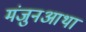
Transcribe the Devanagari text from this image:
मंजुनआथा